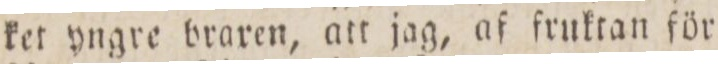
ket yngre braren, att jag, af fruktan för